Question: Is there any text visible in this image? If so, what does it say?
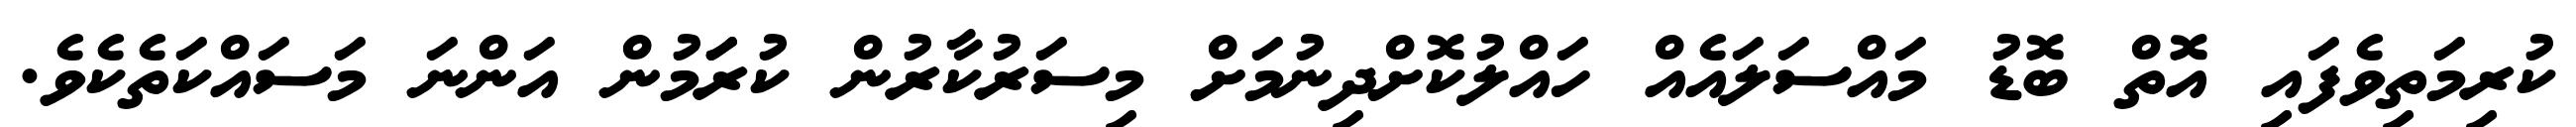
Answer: ކުރިމަތިވެފައި އޮތް ބޮޑު މައްސަލައެއް ހައްލުކޮށްދިނުމަށް މިސަރުކާރުން ކުރަަމުން އަންނަ މަސައްކަތެކެވެ.